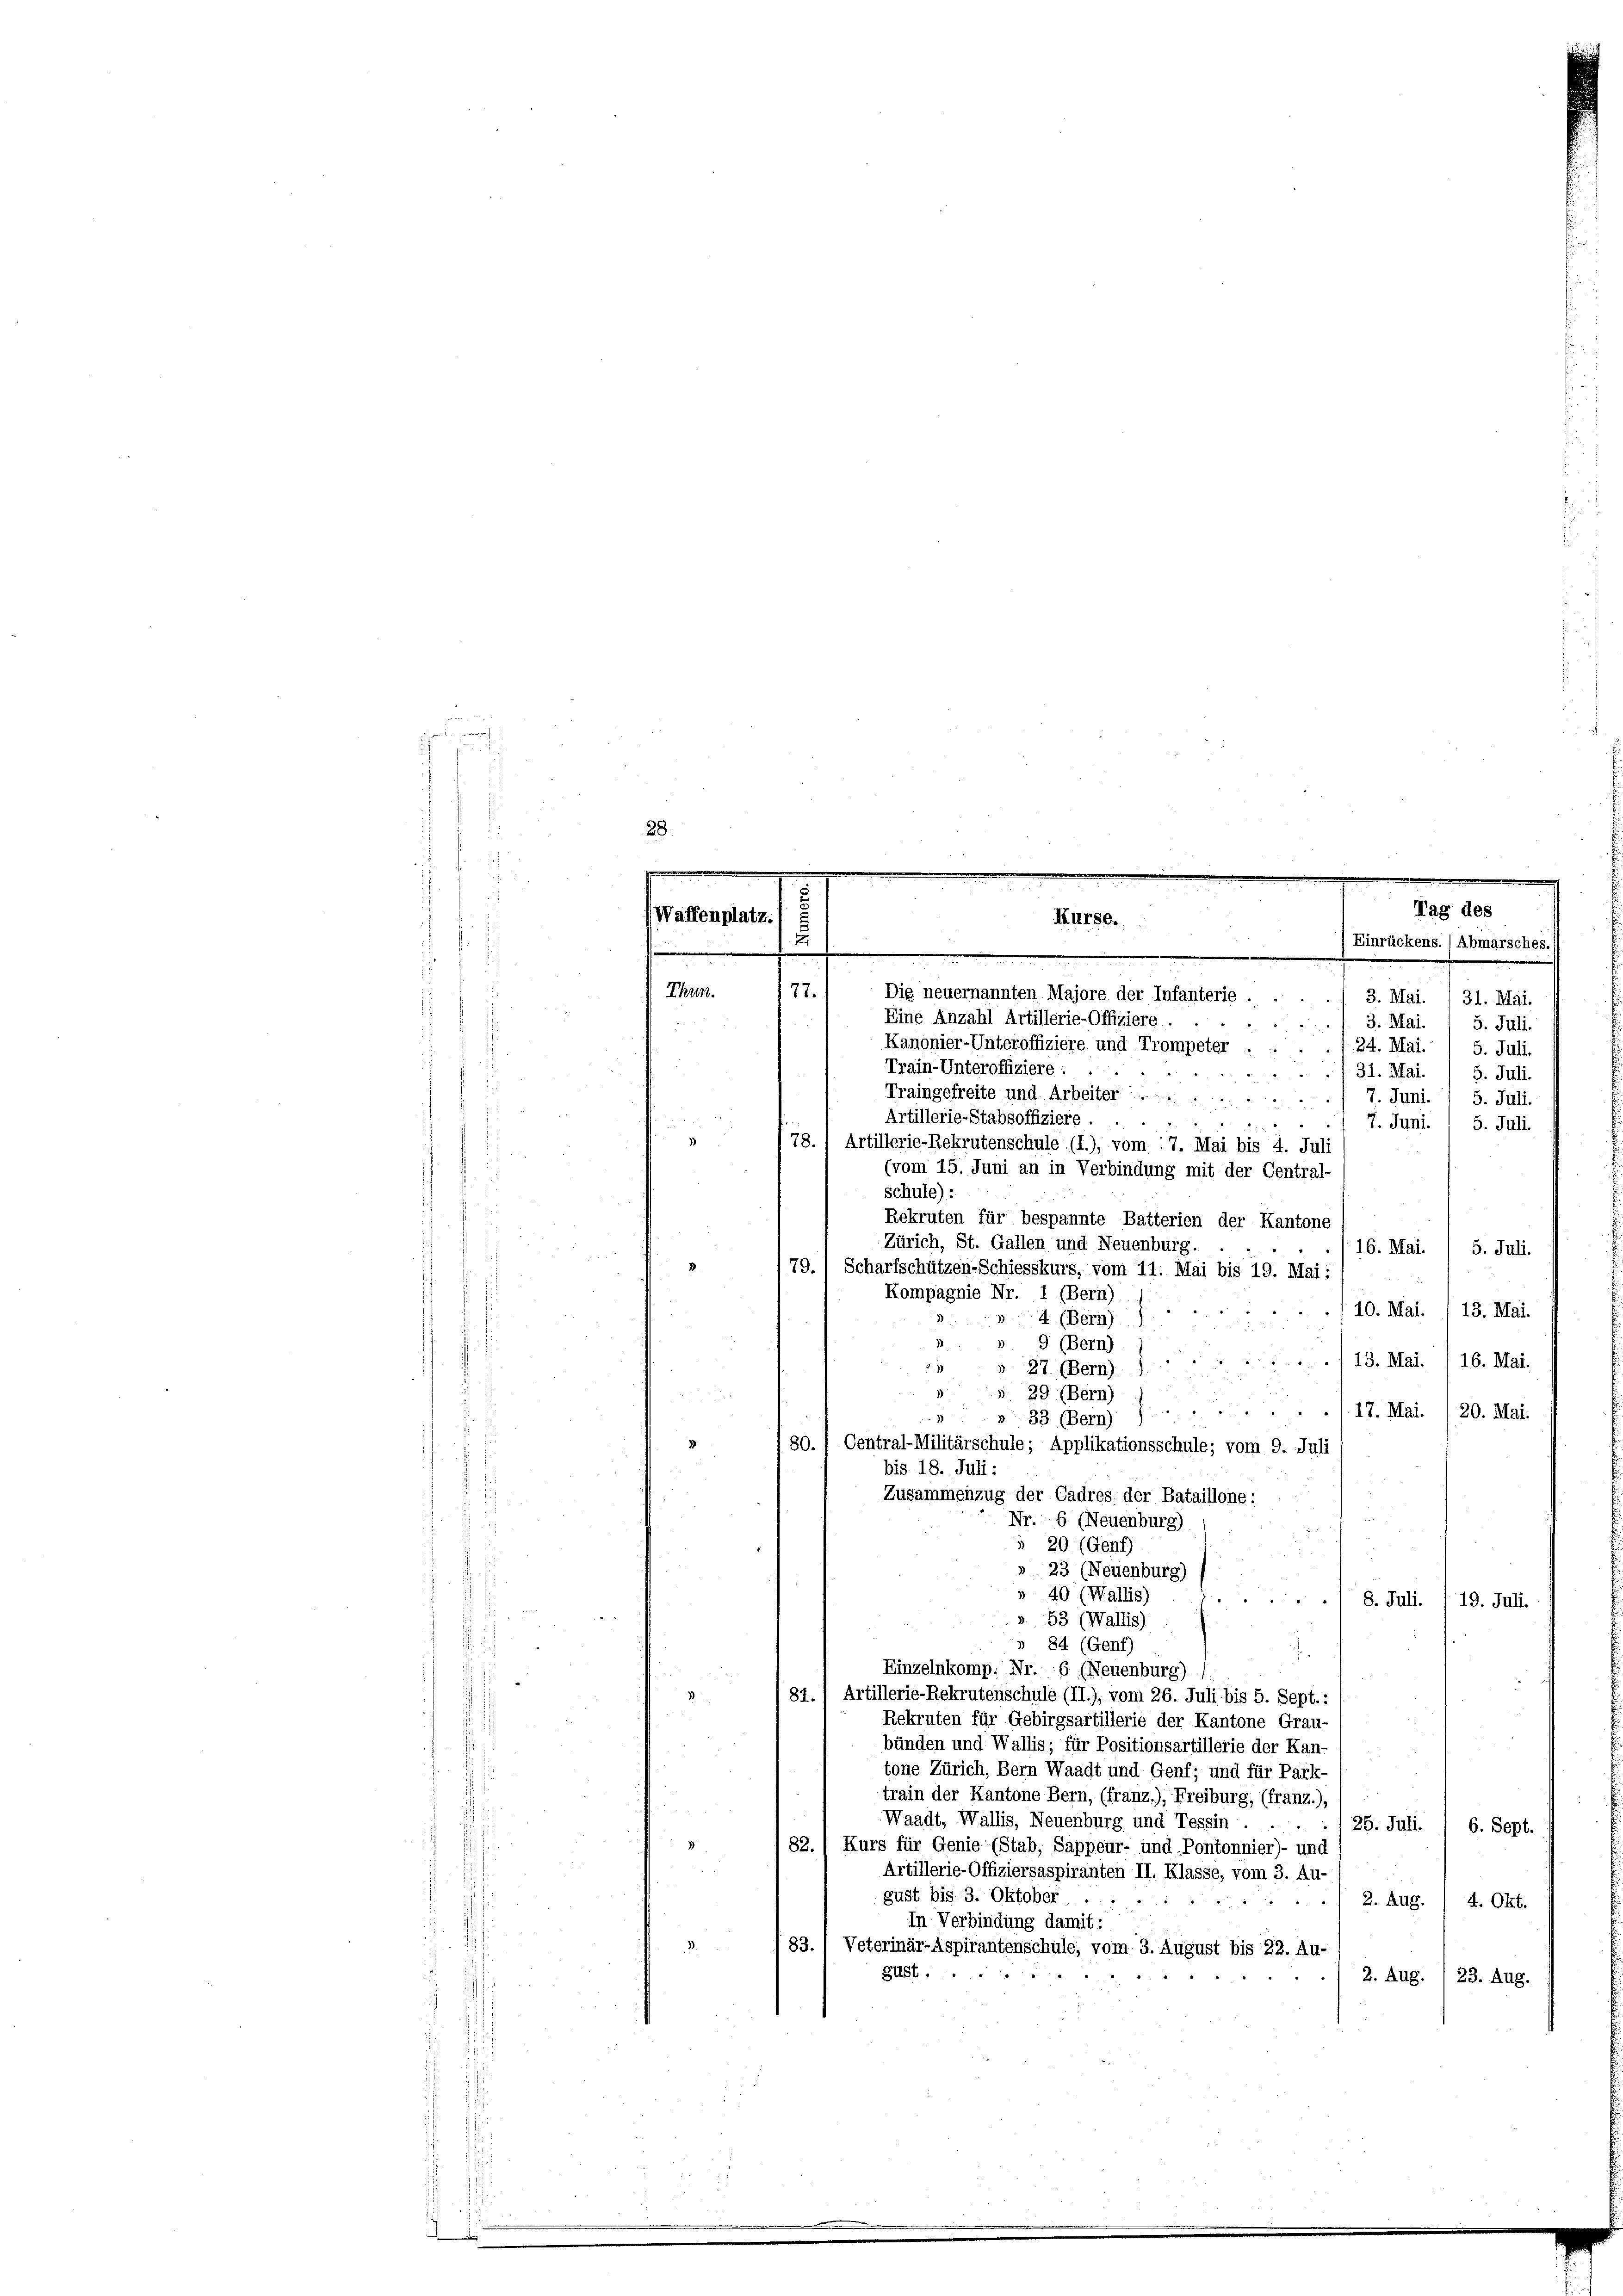
e
.
J
s

Waffenplatz

51

Thun.
77.
Die neuernannten Majore der Infanterie
3. Mai.
 x
31. Mai
Eine Anzahl Artillerie-Offiziere.
/. 3. Mai.
5. Juli.
Kanonier-Unteroffiziere und Trompeter .
124. Mai. / 5. Juli.
Train-Unteroffiziere: ...
/31. Mai.
5. Juli.
Traingefreite und Arbeiter .....
. 7. Juni. 1 5. Juli.
Artillerie-Stabsoffiziere.
n

7. Juni. / 5. Juli.
)
78. 1 Artillerie-Rekrutenschule (i.), vom 17. Mai bis 4. Juli
(vom 15. Juni an in Verbindung mit der Central-
schule):
Rekruten für bespannte Batterien der Kantone
Zürich, St. Gallen und Neuenburg.
16. Mai. / 5. Juli.
79.) Scharfschützen-Schiesskurs, vom 11. Mai bis 19. Mai:
Kompagnie Nr. 1 (Bern)
10. Mai. 13. Mai.
4 (Bern)
9 (Bern)
./13. Mai. I 16. Mai.
 27. (Bern)
§ 29 (Bern)
» 33 (Bern) ./ 17. Mai. , 20. Mai.
80. / Central-Militärschule ; Applikationsschule; vom 9. Juli
bis 18. Juli:
Zusammenzug der Cadres. der Bataillone:
Nr. 6 (Neuenburg)
 20 (Genf)
» 23 (Neuenburg)
40 (Wallis)
./8. Juli. /19. Juli.
». 53 (Wallis)
» 84 (Genf)
.
Einzelnkomp. Nr. 6. (Neuenburg)
81., Artillerie-Rekrutenschule (II.), vom 26. Juli bis 5. Sept.:
3
Rekruten für Gebirgsartillerie der Kantone Grau-
bünden und Wallis; für Positionsartillerie der Kan-
tone Zürich, Bern Waadt und Genf; und für Park-
train der Kantone Bern, (franz.), Freiburg, (franz.),
Waadt, Wallis, Neuenburg und Tessin . . . ./ 25. Juli.
6. Sept.
3
82. / Kurs für Genie (Stab, Sappeur- und Pontonnier) - und
Artillerie-Offiziersaspiranten II. Klasse, vom 3. Au-
gust bis 3. Oktober
2. Aug.
4. Okt.
In Verbindung damit:
83.) Veterinär-Aspirantenschule, vom 3. August bis 22. Au-
Güst.
4
2. Aug. 23. Aug.

Kurse.

Tag
Einrückens. (Abmarsches.

.